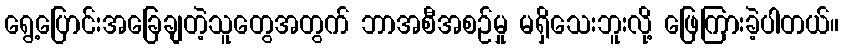
ရွေ့ပြောင်းအခြေချတဲ့သူတွေအတွက် ဘာအစီအစဉ်မှု မရှိသေးဘူးလို့ ဖြေကြားခဲ့ပါတယ်။